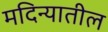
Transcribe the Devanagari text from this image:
मदिन्यातील